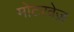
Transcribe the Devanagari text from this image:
मोटरवेज़